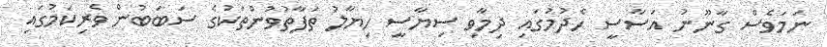
ނަމަވެސް ގާނޫނު އަސާސީ ހެދުމުގައި ދިމާވި ސިޔާސީ ހިޔާލު ތަފާތުވުންތަކުގެ ސަބަބުން ވެރިކަމުގައި